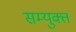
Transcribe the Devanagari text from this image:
सम्युक्त